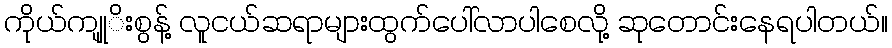
ကိုယ်ကျုုိးစွန့် လူငယ်ဆရာများထွက်ပေါ်လာပါစေလို့ ဆုတောင်းနေရပါတယ်။